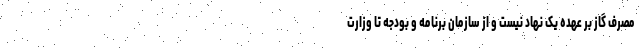
مصرف گاز بر عهده یک نهاد نیست و از سازمان برنامه و بودجه تا وزارت